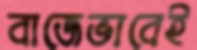
বাজেভাবেই